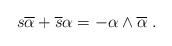
LaTeX: \begin{align*}s\overline{\alpha }+\overline{s}\alpha =-\alpha \wedge\overline{\alpha } ~.\end{align*}